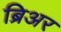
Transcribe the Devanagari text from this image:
ब्रिअर